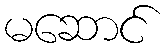
မဆောင်